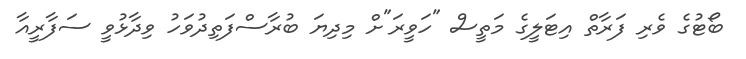
ބޯޓުގެ ވެރި ފަރާތް އިޓަލީގެ މަތީސް "ހަވީރަ"ށް މިދިޔަ ބުރާސްފަތިދުވަހު ވިދާޅުވީ ސަފާރީއާ